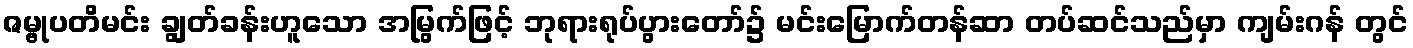
ဇမ္ဗုပတိမင်း ချွတ်ခန်းဟူသော အမြွက်ဖြင့် ဘုရားရုပ်ပွားတော်၌ မင်းမြောက်တန်ဆာ တပ်ဆင်သည်မှာ ကျမ်းဂန် တွင်